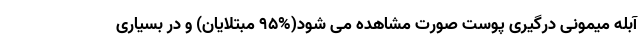
آبله میمونی درگیری پوست صورت مشاهده می شود(%۹۵ مبتلایان) و در بسیاری